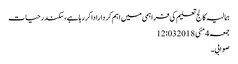
ہمالیہ کالج تعلیم کی فراہمی میں اہم کرداراداکررہاہے،سکندرحیات
جمعہ 4 مئی 2018 12:03
صوابی۔